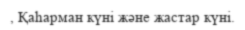
, Қаһарман күні және жастар күні.